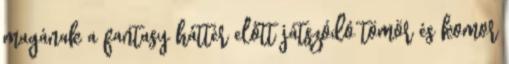
magának a fantasy háttér előtt játszódó tömör és komor